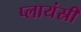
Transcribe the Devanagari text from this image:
प्लायंस्री